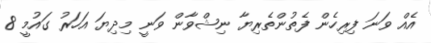
އެއް ވަނަ ފިރިހެން ފެތުންތެރިޔާ ނިޝްވާން ވަނީ މިދިޔަ އަހަރު ގައުމީ 8